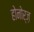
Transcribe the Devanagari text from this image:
होनोर्ज़